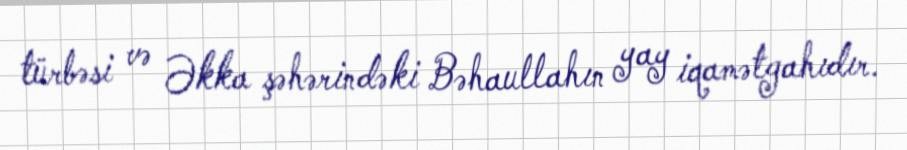
türbəsi və Əkka şəhərindəki Bəhaullahın yay iqamətgahıdır.